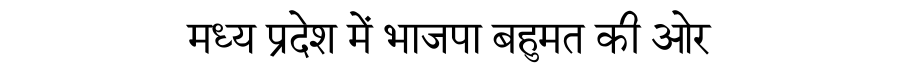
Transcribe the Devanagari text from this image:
मध्य प्रदेश में भाजपा बहुमत की ओर